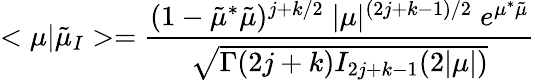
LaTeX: <\mu|\tilde{\mu}_{I}>=\frac{(1-\tilde{\mu}^{*}\tilde{\mu})^{j+k/2}\; |\mu|^{(2j+k-1)/2}\; e^{\mu^{*}\tilde{\mu}}}{\sqrt{\Gamma(2j+k)I_{2j+k-1}(2|\mu|)}}